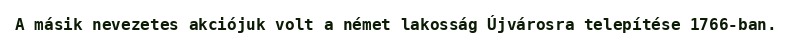
A másik nevezetes akciójuk volt a német lakosság Újvárosra telepítése 1766-ban.